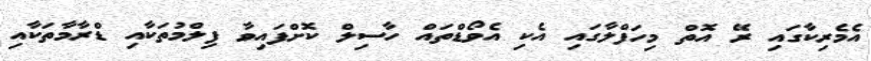
އެމެރިކާގައި ރޭ އޮތް މިހަފްލާގައި އެކި އެވޯޑްތައް ހާސިލް ކޮށްފައިވާ ފިލްމުތަކާއި ޑްރާމާތަކާއި